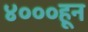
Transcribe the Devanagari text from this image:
४०००हून